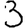
Digit: 3